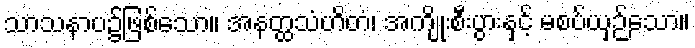
သာသနာပ၌ဖြစ်သော။ အနတ္ထသံဟိတံ၊ အကျိုးစီးပွားနှင့် မစပ်ယှဉ်သော။